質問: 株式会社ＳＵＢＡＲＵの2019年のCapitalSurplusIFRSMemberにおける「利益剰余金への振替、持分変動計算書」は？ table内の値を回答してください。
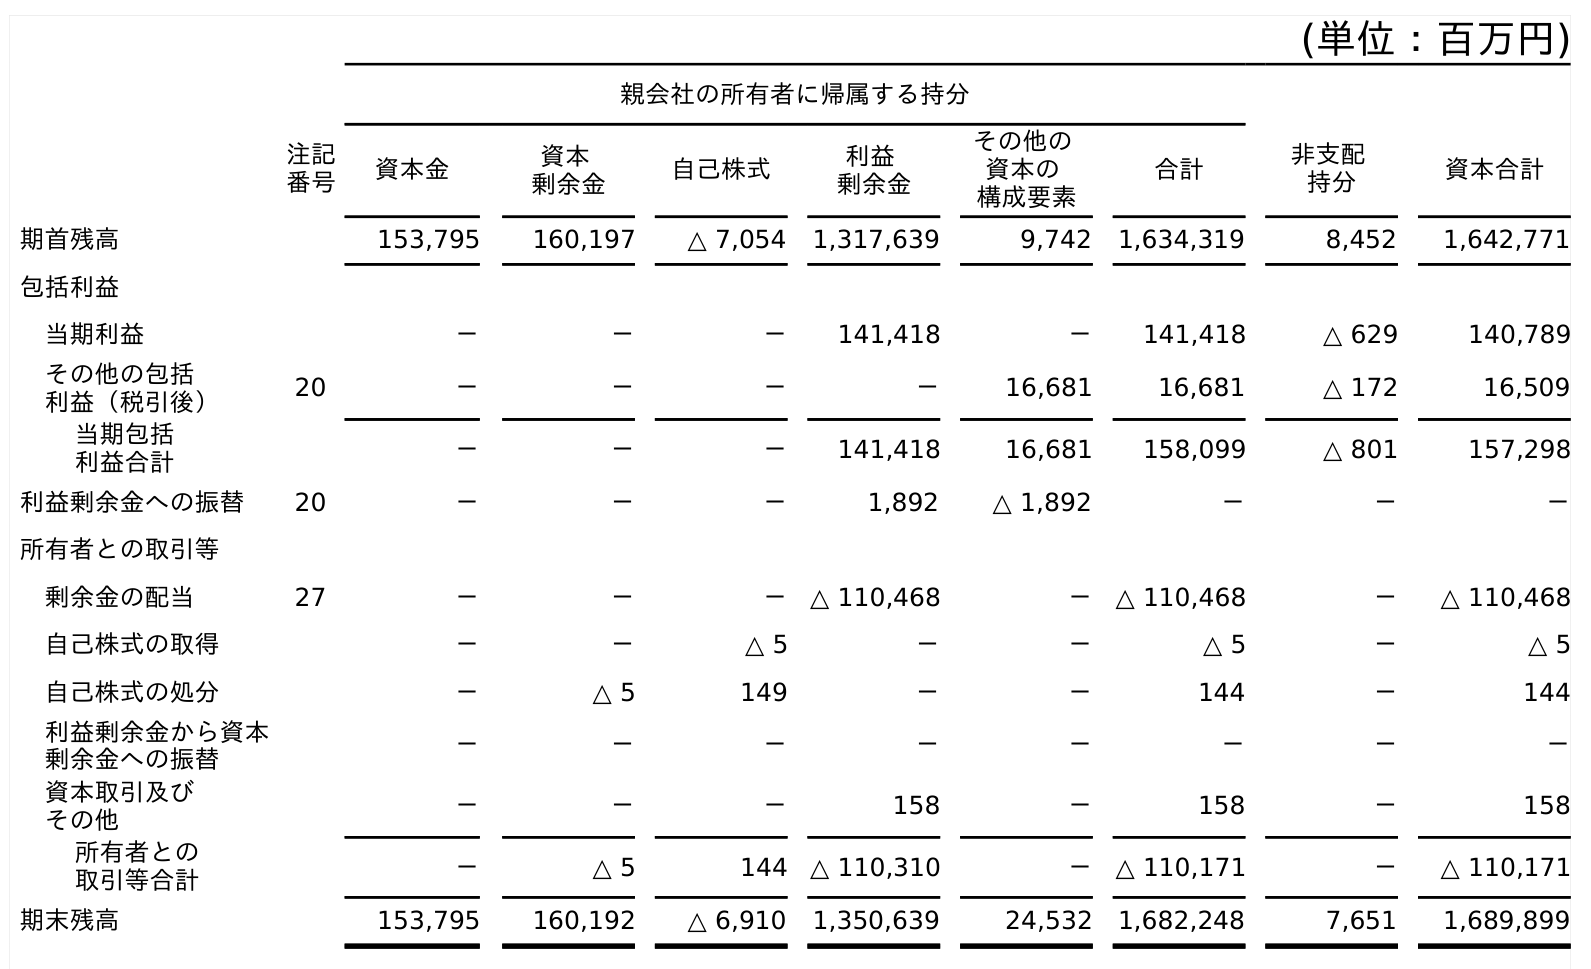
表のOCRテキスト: (単位：百万円) 親会社の所有者に帰属する持分 注記 番号 資本金 資本 剰余金 自己株式 利益 剰余金 その他の 資本の 構成要素 合計 非支配 持分 資本合計 期首残高 153,795 160,197 △ 7,054 1,317,639 9,742 1,634,319 8,452 1,642,771 包括利益 当期利益 － － － 141,418 － 141,418 △ 629 140,789 その他の包括 利益（税引後） 20 － － － － 16,681 16,681 △ 172 16,509 当期包括 利益合計 － － － 141,418 16,681 158,099 △ 801 157,298 利益剰余金への振替 20 － － － 1,892 △ 1,892 － － － 所有者との取引等 剰余金の配当 27 － － － △ 110,468 － △ 110,468 － △ 110,468 自己株式の取得 － － △ 5 － － △ 5 － △ 5 自己株式の処分 － △ 5 149 － － 144 － 144 利益剰余金から資本 剰余金への振替 － － － － － － － － 資本取引及び その他 － － － 158 － 158 － 158 所有者との 取引等合計 － △ 5 144 △ 110,310 － △ 110,171 － △ 110,171 期末残高 153,795 160,192 △ 6,910 1,350,639 24,532 1,682,248 7,651 1,689,899
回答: －